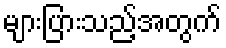
များပြားသည့်အတွက်